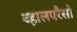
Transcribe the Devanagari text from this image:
व्हालपरैसो